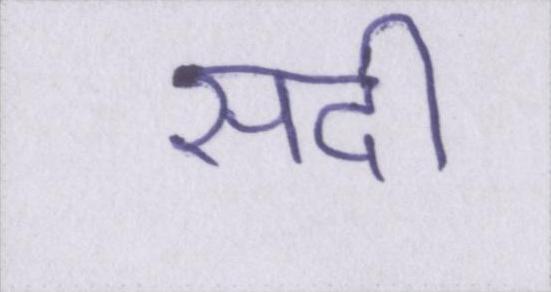
सदी